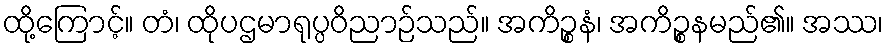
ထို့ကြောင့်။ တံ၊ ထိုပဌမာရုပ္ပဝိညာဉ်သည်။ အကိဉ္စနံ၊ အကိဉ္စနမည်၏။ အဿ၊